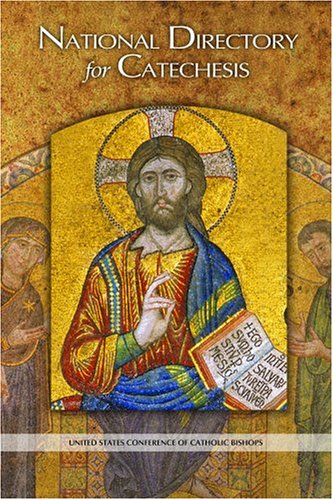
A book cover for National Directory for Catechesis; United States Conference of Catholic Bishops; Christian Books & Bibles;